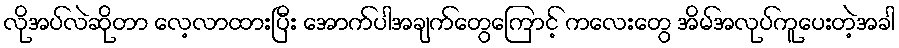
လိုအပ်လဲဆိုတာ လေ့လာထားပြီး အောက်ပါအချက်တွေကြောင့် ကလေးတွေ အိမ်အလုပ်ကူပေးတဲ့အခါ